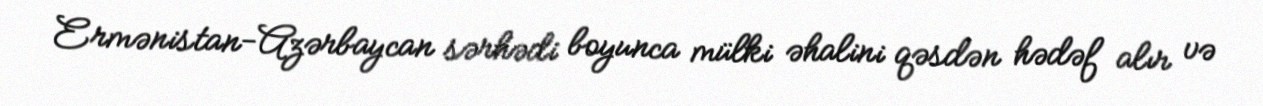
Ermənistan-Azərbaycan sərhədi boyunca mülki əhalini qəsdən hədəf alır və